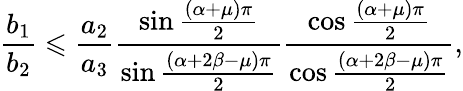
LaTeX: \frac{b_{1}}{b_{2}}\leqslant\frac{a_{2}}{a_{3}}\frac{\sin\frac{\left(\alpha+\mu\right)\pi}{2}}{\sin\frac{\left(\alpha+2\beta-\mu\right)\pi}{2}}\frac{\cos\frac{\left(\alpha+\mu\right)\pi}{2}}{\cos\frac{\left(\alpha+2\beta-\mu\right)\pi}{2}},